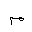
Letter: _mim